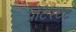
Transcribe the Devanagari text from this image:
प्रॉटेस्टंट